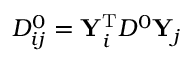
\begin{array} { r } { D _ { i j } ^ { 0 } = \mathbf { Y } _ { i } ^ { \mathrm { T } } D ^ { 0 } \mathbf { Y } _ { j } } \end{array}